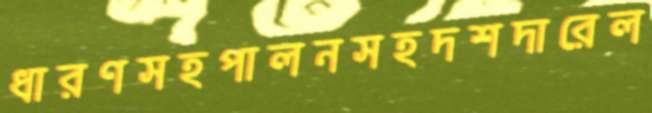
ধারণসহপালনসহদশদারেল